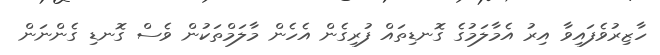
ހާޒިރުވެފައިވާ އިރު އެމާލަމުގެ ގޮނޑިތައް ފުރިގެން އެހެން މާލަމްތަކުން ވެސް ގޮނޑި ގެންނަން